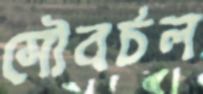
সৌবর্চল